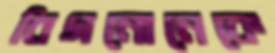
বিগনোনেকে